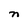
Character: n